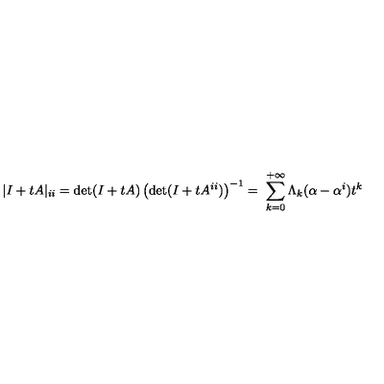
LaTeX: | I + t A | _ { i i } = \mathrm { d e t } ( I + t A ) \left( \mathrm { d e t } ( I + t A ^ { i i } ) \right) ^ { - 1 } = \ \sum _ { k = 0 } ^ { + \infty } \Lambda _ { k } ( { \bf \alpha } - { \bf \alpha } ^ { i } ) t ^ { k }